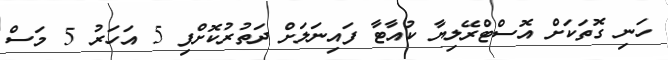
ހަނި ގޮތަކަށް އޮސްޓްރޭލިޔާ ކުއާޓާ ފައިނަލަށް ދަތުރުކޮށްފި 5 އަހަރު 5 މަސް